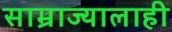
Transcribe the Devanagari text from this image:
साम्राज्यालाही